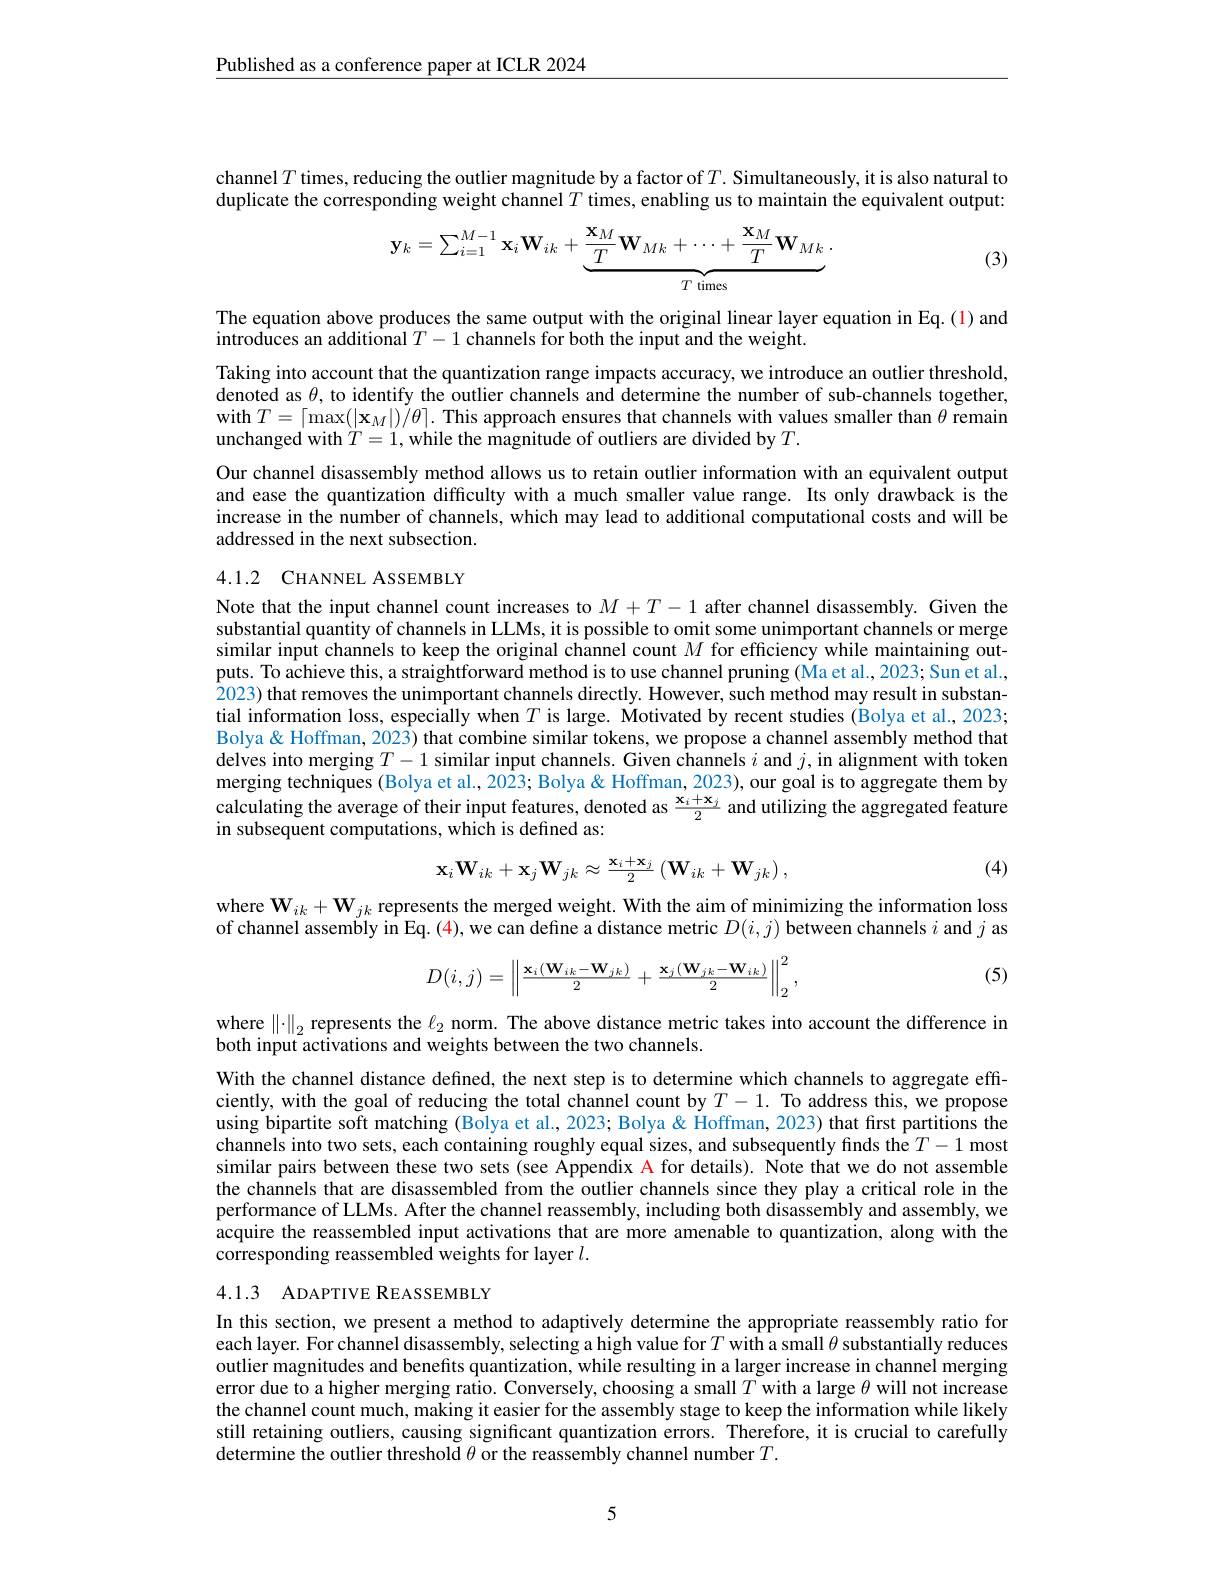
$\underline{\text{Published as a conference paper at ICLR 2024}}$

channel $T$ times, reducing the outlier magnitude by a factor of $T.$ Simultaneously, it is also natural to duplicate the corresponding weight channel $T$ times, enabling us to maintain the equivalent output:
$$\mathbf{y}_{k}=\sum_{i=1}^{M-1}\mathbf{x}_{i}\mathbf{W}_{ik}+\underbrace{\frac{\mathbf{x}_{M}}{T}\mathbf{W}_{Mk}+\cdots+\frac{\mathbf{x}_{M}}{T}\mathbf{W}_{Mk}}_{T\mathrm{~times}}.$$
(3)

The equation above produces the same output with the original linear layer equation in Eq.(1) and
$\hat{\text{introduces an additional }T}-1\hat{\text{ channels for both the input and the weight}}$
Taking into account that the quantization range impacts accuracy, we introduce an outlier threshold, denoted as $\theta$, to identify the outlier channels and determine the number of sub-channels together, with $T= \lceil \max ( | \mathbf{x} _{M}| ) \tilde{/ } \theta \rceil .$ This approach ensures that channels with values smaller than $\theta$ remain unchanged with $T=1$, while the magnitude of outliers are divided by $T.$
Our channel disassembly method allows us to retain outlier information with an equivalent output and ease the quantization difficulty with a much smaller value range. Its only drawback is the increase in the number of channels, which may lead to additional computational costs and will be addressed in the next subsection.

## 4.1.2 CHANNEL ASSEMBLY

Note that the input channel count increases to $M+T-1$ after channel disassembly. Given the substantial quantity of channels in LLMs, it is possible to omit some unimportant channels or merge similar input channels to keep the original channel count $M$ for efficiency while maintaining outputs. To achieve this, a straightforward method is to use channel pruning (Ma et al., 2023; Sun et al., 2023) that removes the unimportant channels directly. However, such method may result in substantial information loss, especially when $T$ is large. Motivated by recent studies (Bolya et al., 2023; Bolya & Hoffman, 2023) that combine similar tokens, we propose a channel assembly method that delves into merging $T- 1$ similar input channels. Given channels $i$ and $j$,in alignment with token merging techniques ( Bolya et al. , 2023; Bolya " Bolya " Hoffman, 2023) , our goal is to aggregate them by merging techniques ( Bolya et al. , 2023 calculating the average of their input features, denoted as $\frac{\mathbf{x}_i+\mathbf{x}_j}2$ and utilizing the aggregated feature in subsequent computations, which is defined as:

(4)
$$\mathbf{x}_{i}\mathbf{W}_{ik}+\mathbf{x}_{j}\mathbf{W}_{jk}\approx\frac{\mathbf{x}_{i}+\mathbf{x}_{j}}{2}\left(\mathbf{W}_{ik}+\mathbf{W}_{jk}\right),$$
$\mathrm{where~W}_{ik}+\mathbf{W}_{jk}$ represents the merged weight. With the aim of minimizing the information loss of channel assembly in Eq. (4), we can define a distance metric $D(i,j)$ between channels $i$ and $j$ as

(5)
$$D(i,j)=\left\|\frac{\mathbf{x}_i(\mathbf{W}_{ik}-\mathbf{W}_{ik})}{2}+\frac{\mathbf{x}_j(\mathbf{W}_{jk}-\mathbf{W}_{ik})}{2}\right\|_2^2,$$
where $\|\cdot\|_2$ represents the $\ell_2$ norm. The above distance metric takes into account the difference in
both input activations and weights between the two channels.

With the channel distance defined, the next step is to determine which channels to aggregate efficiently, with the goal of reducing the total channel count by $T-1.$ To address this, we propose using bipartite soft matching (Bolya et al., 2023; Bolya & Hoffman, 2023) that first partitions the channels into two sets, each containing roughly equal sizes, and subsequently finds the $T-1$ most similar pairs between these two sets (see Appendix A for details). Note that we do not assemble the channels that are disassembled from the outlier channels since they play a critical role in the performance of LLMs. After the channel reassembly, including both disassembly and assembly, we acquire the reassembled input activations that are more amenable to quantization, along with the corresponding reassembled weights for layer $l.$

4.1.3 ADAPTIVE REASSEMBLY

In this section, we present a method to adaptively determine the appropriate reassembly ratio for each layer. For channel disassembly, selecting a high value for $T$ with a small $\theta$ substantially reduces outlier magnitudes and benefits quantization, while resulting in a larger increase in channel merging error due to a higher merging ratio. Conversely, choosing a small $T$ with a large $\theta$ will not increase the channel count much, making it easier for the assembly stage to keep the information while likely still retaining outliers, causing significant quantization errors. Therefore, it is crucial to carefully determine the outlier threshold $\theta$ or the reassembly channel number $T.$

5